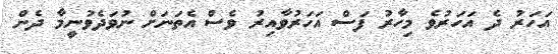
އަހަރު ދެ އަހަރުވެ މިހާރު ފަސް އަހަރުވާއިރު ވެސް އެތަނަށް ނުވަދެވުނީމާ ދެން